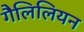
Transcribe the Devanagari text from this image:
गैलिलियन